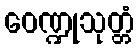
ဝေဏ္ဍုသုတ္တံ